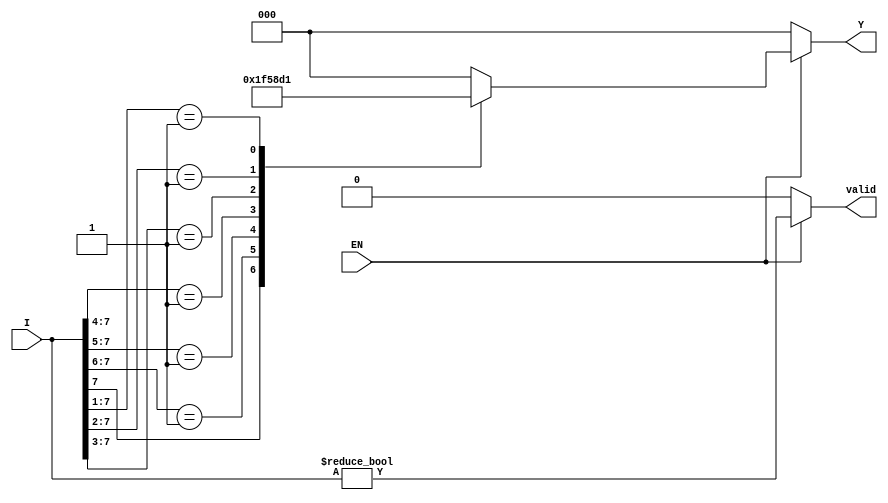
module encoder_8to3 (
    input wire [7:0] I,   // 8 input lines
    input wire EN,        // Enable signal
    output reg [2:0] Y,   // 3 output lines
    output reg valid      // Valid output signal
);

always @(*) begin
    if (EN) begin
        casez (I) // casez allows for don't care conditions
            8'b1???????: Y = 3'b111; // I7 is active
            8'b01??????: Y = 3'b110; // I6 is active
            8'b001?????: Y = 3'b101; // I5 is active
            8'b0001????: Y = 3'b100; // I4 is active
            8'b00001???: Y = 3'b011; // I3 is active
            8'b000001??: Y = 3'b010; // I2 is active
            8'b0000001?: Y = 3'b001; // I1 is active
            8'b00000001: Y = 3'b000; // I0 is active
            default:     Y = 3'b000;   // No inputs active
        endcase
        valid = (I != 8'b00000000); // Set valid if any input is active
    end else begin
        Y = 3'b000; // Default output when EN is low
        valid = 1'b0; // Invalid output when EN is low
    end
end

endmodule